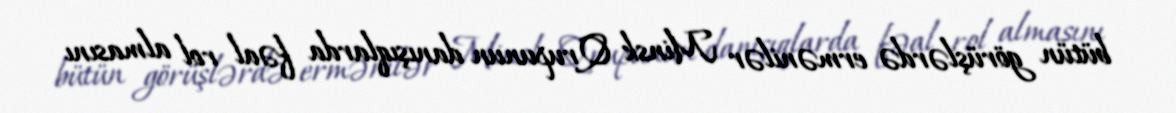
bütün görüşlərdə ermənilər Minsk Qrupunun danışıqlarda fəal rol almasını